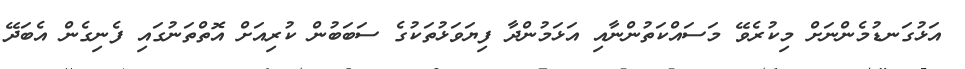
އަޅުގަނޑުމެންނަށް މިކުރެވޭ މަސައްކަތުންނާއި އަޅަމުންދާ ފިޔަވަޅުތަކުގެ ސަބަބުން ކުރިއަށް އޮތްތަނުގައި ފެނިގެން އެބަދޭ